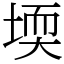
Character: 堧